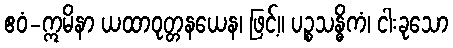
ဧဝံ-ဣမိနာ ယထာဝုတ္တနယေန၊ ဖြင့်။ ပဉ္စသန္ဓိကံ၊ ငါးခုသော